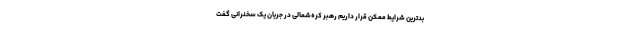
بدترین شرایط ممکن قرار داریم رهبر کره‌شمالی در جریان یک سخنرانی گفت